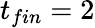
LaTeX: t_{fin}=2